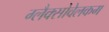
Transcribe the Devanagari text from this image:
ग्लैक्सोवेलकम